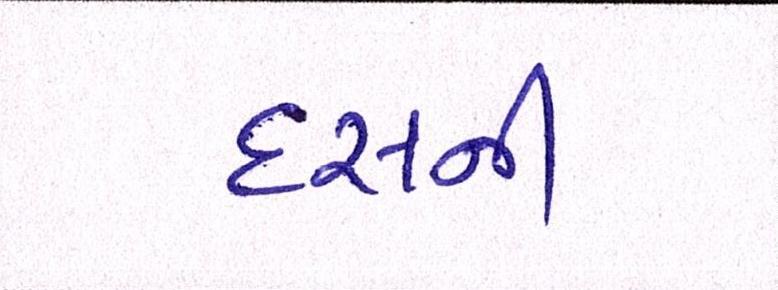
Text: દસની